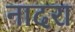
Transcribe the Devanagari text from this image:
नादरा